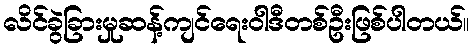
လိင်ခွဲခြားမှုဆန့်ကျင်ရေးဝါဒီတစ်ဦးဖြစ်ပါတယ်။